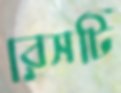
রেসটি